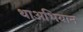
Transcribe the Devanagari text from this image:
थाअभियान